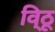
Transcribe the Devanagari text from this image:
वि्ठू